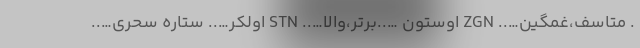
. متاسف،غمگین….. ZGN اوستون …..برتر،والا….. STN اولکر….. ستاره سحری…..